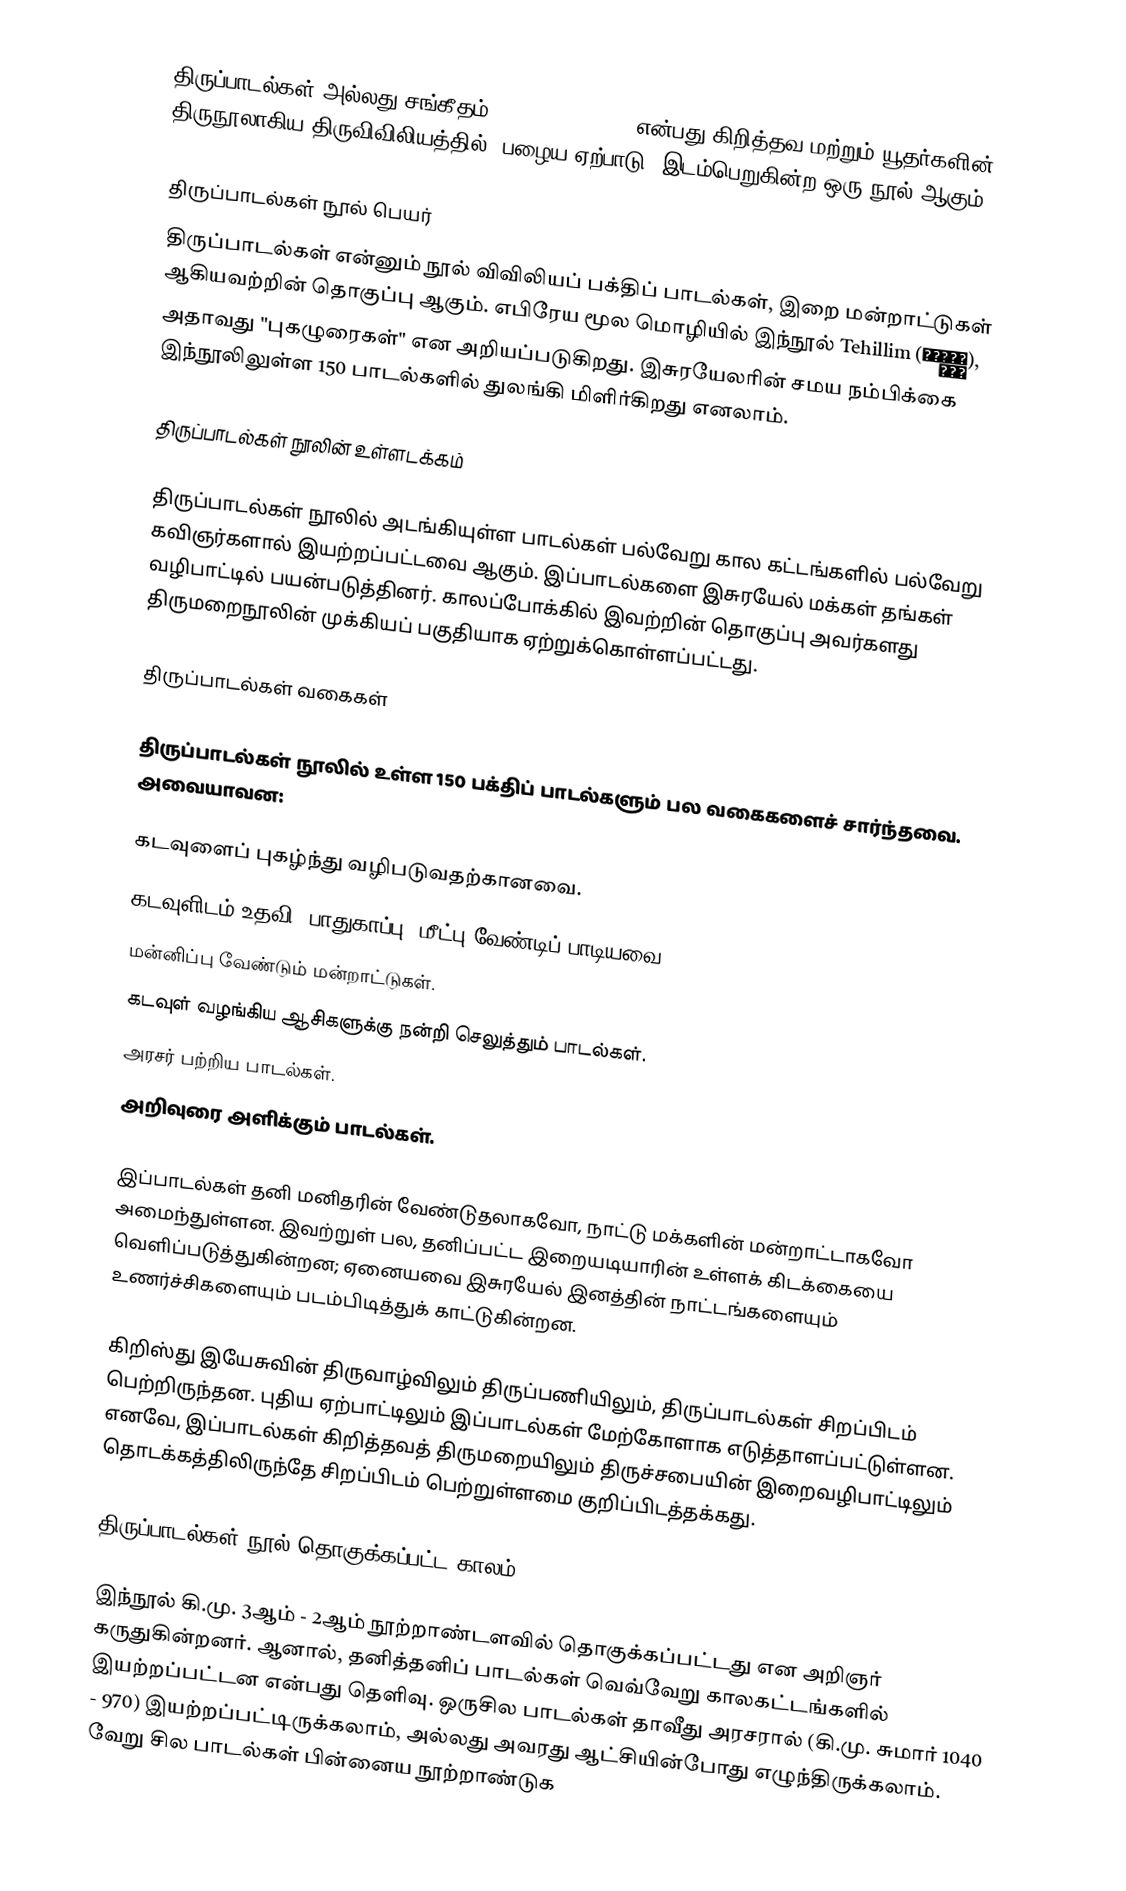
திருப்பாடல்கள் அல்லது சங்கீதம் (Book of Psalms) என்பது கிறித்தவ மற்றும் யூதர்களின் திருநூலாகிய திருவிவிலியத்தில் (பழைய ஏற்பாடு) இடம்பெறுகின்ற ஒரு நூல் ஆகும்.

திருப்பாடல்கள் நூல் பெயர்
திருப்பாடல்கள் என்னும் நூல் விவிலியப் பக்திப் பாடல்கள், இறை மன்றாட்டுகள் ஆகியவற்றின் தொகுப்பு ஆகும். எபிரேய மூல மொழியில் இந்நூல் Tehillim (תְהִלִּים), அதாவது "புகழுரைகள்" என அறியப்படுகிறது. இசுரயேலரின் சமய நம்பிக்கை இந்நூலிலுள்ள 150 பாடல்களில் துலங்கி மிளிர்கிறது எனலாம்.

திருப்பாடல்கள் நூலின் உள்ளடக்கம்

திருப்பாடல்கள் நூலில் அடங்கியுள்ள பாடல்கள் பல்வேறு கால கட்டங்களில் பல்வேறு கவிஞர்களால் இயற்றப்பட்டவை ஆகும். இப்பாடல்களை இசுரயேல் மக்கள் தங்கள் வழிபாட்டில் பயன்படுத்தினர். காலப்போக்கில் இவற்றின் தொகுப்பு அவர்களது திருமறைநூலின் முக்கியப் பகுதியாக ஏற்றுக்கொள்ளப்பட்டது.

திருப்பாடல்கள் வகைகள்

திருப்பாடல்கள் நூலில் உள்ள 150 பக்திப் பாடல்களும் பல வகைகளைச் சார்ந்தவை. அவையாவன:

 கடவுளைப் புகழ்ந்து வழிபடுவதற்கானவை.
 கடவுளிடம் உதவி, பாதுகாப்பு, மீட்பு வேண்டிப் பாடியவை.
 மன்னிப்பு வேண்டும் மன்றாட்டுகள்.
 கடவுள் வழங்கிய ஆசிகளுக்கு நன்றி செலுத்தும் பாடல்கள்.
 அரசர் பற்றிய பாடல்கள்.
 அறிவுரை அளிக்கும் பாடல்கள்.

இப்பாடல்கள் தனி மனிதரின் வேண்டுதலாகவோ, நாட்டு மக்களின் மன்றாட்டாகவோ அமைந்துள்ளன. இவற்றுள் பல, தனிப்பட்ட இறையடியாரின் உள்ளக் கிடக்கையை வெளிப்படுத்துகின்றன; ஏனையவை இசுரயேல் இனத்தின் நாட்டங்களையும் உணர்ச்சிகளையும் படம்பிடித்துக் காட்டுகின்றன.

கிறிஸ்து இயேசுவின் திருவாழ்விலும் திருப்பணியிலும், திருப்பாடல்கள் சிறப்பிடம் பெற்றிருந்தன. புதிய ஏற்பாட்டிலும் இப்பாடல்கள் மேற்கோளாக எடுத்தாளப்பட்டுள்ளன. எனவே, இப்பாடல்கள் கிறித்தவத் திருமறையிலும் திருச்சபையின் இறைவழிபாட்டிலும் தொடக்கத்திலிருந்தே சிறப்பிடம் பெற்றுள்ளமை குறிப்பிடத்தக்கது.

திருப்பாடல்கள் நூல் தொகுக்கப்பட்ட காலம்

இந்நூல் கி.மு. 3ஆம் - 2ஆம் நூற்றாண்டளவில் தொகுக்கப்பட்டது என அறிஞர் கருதுகின்றனர். ஆனால், தனித்தனிப் பாடல்கள் வெவ்வேறு காலகட்டங்களில் இயற்றப்பட்டன என்பது தெளிவு. ஒருசில பாடல்கள் தாவீது அரசரால் (கி.மு. சுமார் 1040 - 970) இயற்றப்பட்டிருக்கலாம், அல்லது அவரது ஆட்சியின்போது எழுந்திருக்கலாம். வேறு சில பாடல்கள் பின்னைய நூற்றாண்டுக